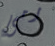
رمى